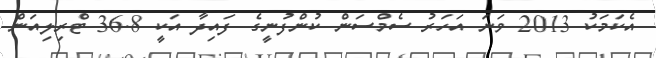
އެކަމަކު 2013 ވަނަ އަހަރު ސެމްސަން ކުންފުނީގެ ފައިދާ އަކީ 36.8 ޓްރިލިއަން